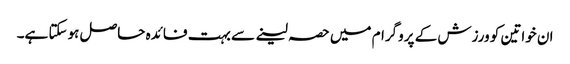
ان خواتین کو ورزش کے پروگرام میں حصہ لینے سے بہت فائدہ حاصل ہوسکتا ہے۔